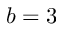
b = 3